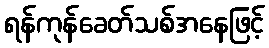
ရန်ကုန်ခေတ်သစ်အနေဖြင့်